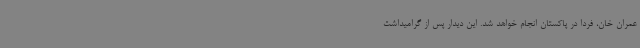
عمران خان، فردا در پاکستان انجام خواهد شد. این دیدار پس از گرامیداشت